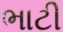
ભાટી